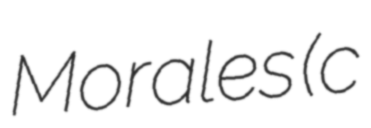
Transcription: Morales (c